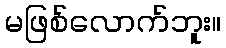
မဖြစ်လောက်ဘူး။